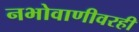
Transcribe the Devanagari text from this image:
नभोवाणीवरही